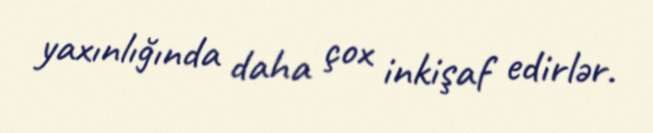
yaxınlığında daha çox inkişaf edirlər.